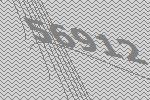
56912